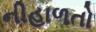
નીહાળતો